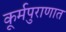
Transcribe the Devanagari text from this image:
कूर्मपुराणात